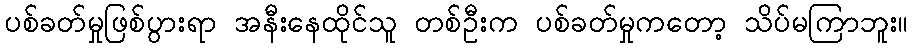
ပစ်ခတ်မှုဖြစ်ပွားရာ အနီးနေထိုင်သူ တစ်ဦးက ပစ်ခတ်မှုကတော့ သိပ်မကြာဘူး။